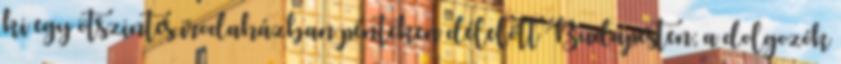
ki egy ötszintes irodaházban pénteken délelőtt Budapesten; a dolgozók